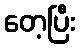
တေ့ပြီး